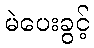
မဲပေးခွင့်